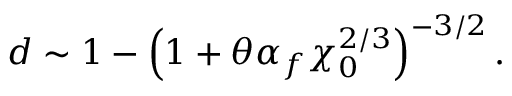
d \sim 1 - \left( 1 + \theta \alpha _ { f } \chi _ { 0 } ^ { 2 / 3 } \right) ^ { - 3 / 2 } .